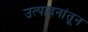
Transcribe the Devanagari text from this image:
उत्पादनांतून